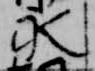
永